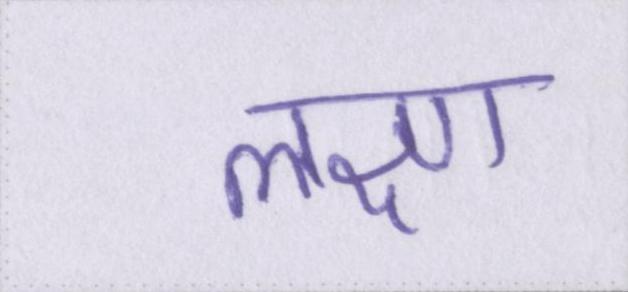
लक्ष्ण